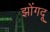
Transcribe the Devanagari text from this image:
झोंगदू